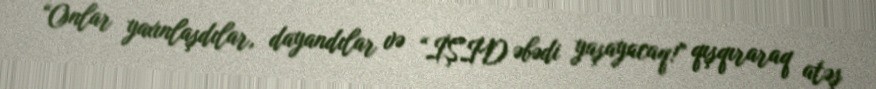
“Onlar yaxınlaşdılar, dayandılar və “İŞİD əbədi yaşayacaq!” qışqıraraq atəş